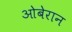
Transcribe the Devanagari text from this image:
ओबेरान